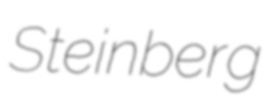
Steinberg